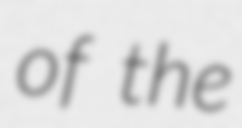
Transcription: of the